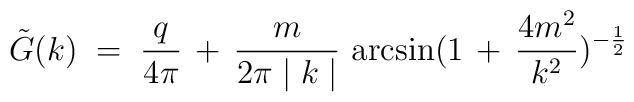
{\tilde G} (k) \;=\; \frac{q}{4 \pi} \,+\, \frac{m}{2 \pi \mid k \mid}\, \arcsin (1 \, + \, \frac{4 m^2}{k^2} )^{- \frac{1}{2}}